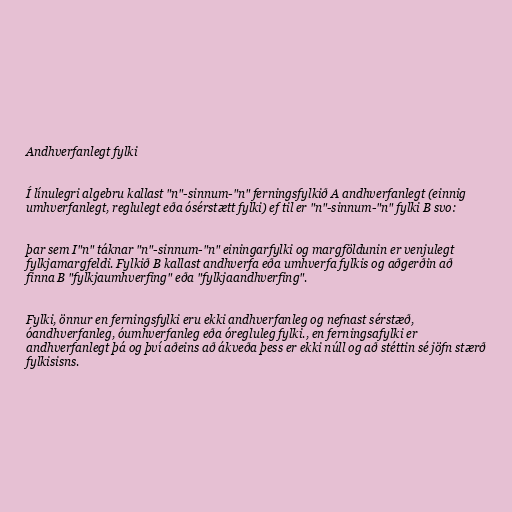
Andhverfanlegt fylki

Í línulegri algebru kallast "n"-sinnum-"n" ferningsfylkið A andhverfanlegt (einnig
umhverfanlegt, reglulegt eða ósérstætt fylki) ef til er "n"-sinnum-"n" fylki B svo:

þar sem I"n" táknar "n"-sinnum-"n" einingarfylki og margföldunin er venjulegt
fylkjamargfeldi. Fylkið B kallast andhverfa eða umhverfa fylkis og aðgerðin að
finna B "fylkjaumhverfing" eða "fylkjaandhverfing".

Fylki, önnur en ferningsfylki eru ekki andhverfanleg og nefnast sérstæð,
óandhverfanleg, óumhverfanleg eða óregluleg fylki., en ferningsafylki er
andhverfanlegt þá og því aðeins að ákveða þess er ekki núll og að stéttin sé jöfn stærð
fylkisisns.